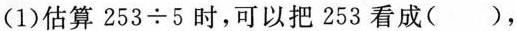
(1)估算253 \div 5时，可以把253看成()，